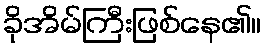
ခိုအိမ်ကြီးဖြစ်နေ၏။